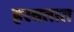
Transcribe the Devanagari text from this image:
हरवतात